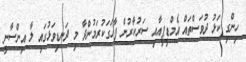
ހިންގި ކަޅު ދުވަސްތައް އެމްޑީޕީއާއި ސަރުކާރުން ފާހަގަކުރަމުންދާ މި ދަނޑިވަޅުގައި ލާ އިންސާނީ